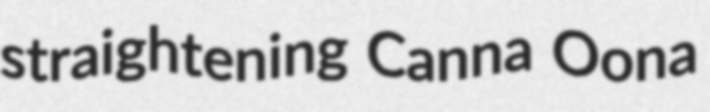
straightening Canna Oona